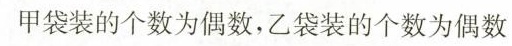
甲袋装的个数为偶数，乙袋装的个数为偶数